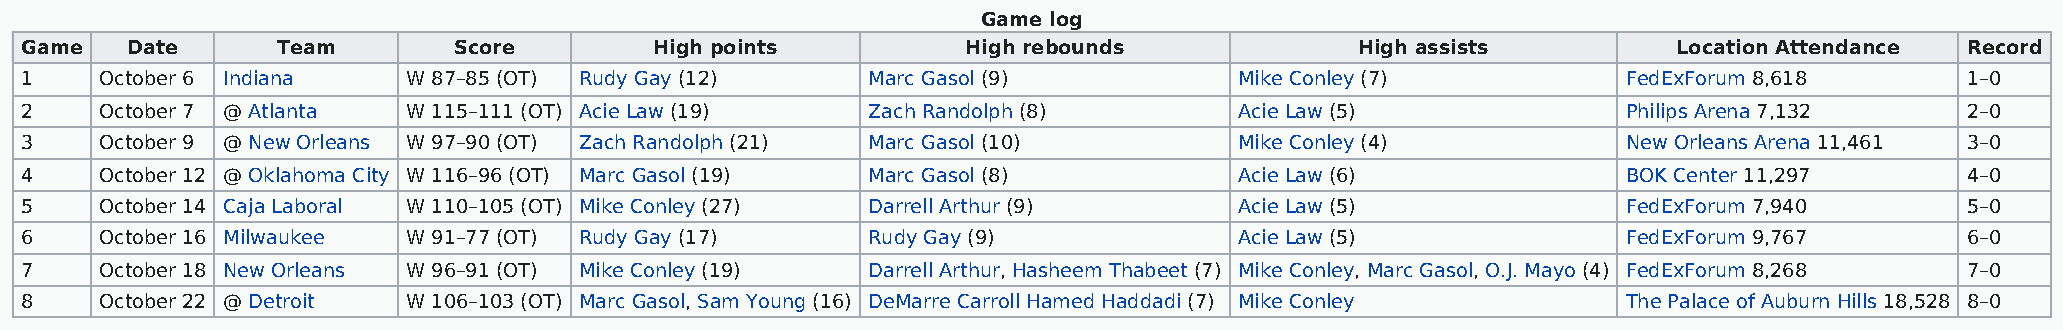
Game log
 Game   Date      Team        Score        High points          High rebounds             High assists         Location Attendance Record
 1     October 6 Indiana   W 87–85 (OT) Rudy Gay (12)    Marc Gasol (9)           Mike Conley (7)           FedExForum 8,618      1–0
 2     October 7 @ Atlanta W 115–111 (OT) Acie Law (19)  Zach Randolph (8)        Acie Law (5)              Philips Arena 7,132   2–0
 3     October 9 @ New Orleans W 97–90 (OT) Zach Randolph (21) Marc Gasol (10)    Mike Conley (4)           New Orleans Arena 11,461 3–0
 4     October 12 @ Oklahoma City W 116–96 (OT) Marc Gasol (19) Marc Gasol (8)    Acie Law (6)              BOK Center 11,297     4–0
 5     October 14 Caja Laboral W 110–105 (OT) Mike Conley (27) Darrell Arthur (9) Acie Law (5)              FedExForum 7,940      5–0
 6     October 16 Milwaukee W 91–77 (OT) Rudy Gay (17)   Rudy Gay (9)             Acie Law (5)              FedExForum 9,767      6–0
 7     October 18 New Orleans W 96–91 (OT) Mike Conley (19) Darrell Arthur, Hasheem Thabeet (7) Mike Conley, Marc Gasol, O.J. Mayo (4) FedExForum 8,268 7–0
 8     October 22 @ Detroit W 106–103 (OT) Marc Gasol, Sam Young (16) DeMarre Carroll Hamed Haddadi (7) Mike Conley The Palace of Auburn Hills 18,528 8–0